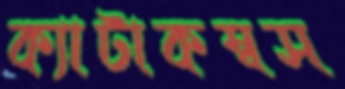
ক্যাটাকম্বস